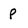
Character: p